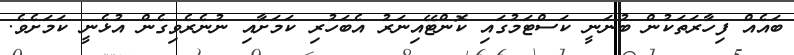
ބައެއް ފިހާރަތަކުން ބުނަނީ ކަސްޓަމުގައި ކޮންޓޭއިނަރު އެބަހުރި ކަމަށާއި ނުނެރެވިގެން އުޅެނީ ކަމަށެވެ.